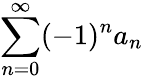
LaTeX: \sum_{n=0}^{\infty}(-1)^{n}a_{n}